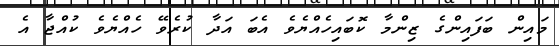
މައިން ބަފައިންގެ ޒިންމާ ކޮބައިހެއްޔެވެ އެބަ އަދާ ކުރެވޭ ހެއްޔެވެ ކުއްޖާ އެ